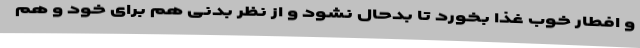
و افطار خوب غذا بخورد تا بدحال نشود و از نظر بدنی هم برای خود و هم